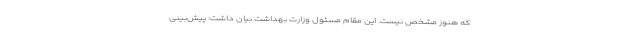
که هنوز مشخص نیست. این مقام مسئول وزارت بهداشت بیان داشت: پیش‌بینی